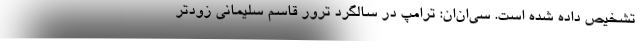
تشخیص داده شده است. سی‌ان‌ان: ترامپ در سالگرد ترور قاسم سلیمانی زودتر